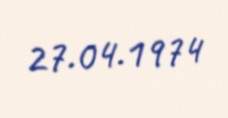
27.04.1974